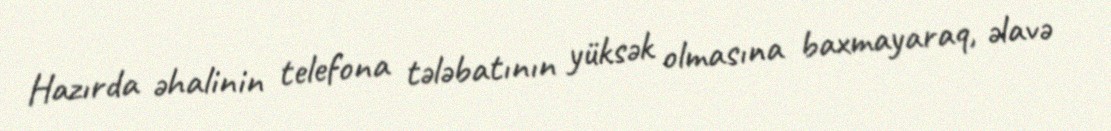
Hazırda əhalinin telefona tələbatının yüksək olmasına baxmayaraq, əlavə